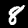
Label: 8